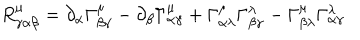
R _ { \gamma \alpha \beta } ^ { \mu } = \partial _ { \alpha } \Gamma _ { \beta \gamma } ^ { \mu } - \partial _ { \beta } \Gamma _ { \alpha \gamma } ^ { \mu } + \Gamma _ { \alpha \lambda } ^ { \mu } \Gamma _ { \beta \gamma } ^ { \lambda } - \Gamma _ { \beta \lambda } ^ { \mu } \Gamma _ { \alpha \gamma } ^ { \lambda }